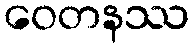
ဝေတနဿ